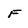
Character: F